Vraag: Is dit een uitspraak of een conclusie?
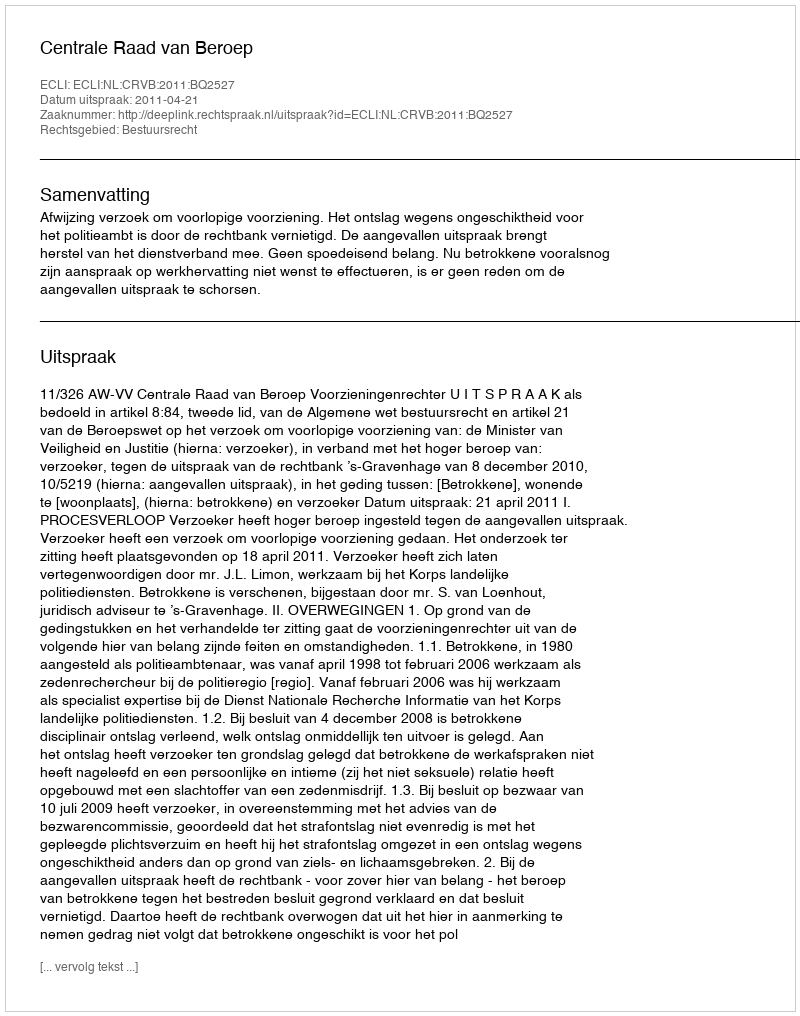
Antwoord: Uitspraak